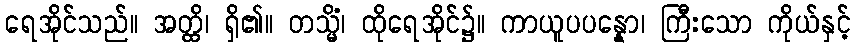
ရေအိုင်သည်။ အတ္ထိ၊ ရှိ၏။ တသ္မိံ၊ ထိုရေအိုင်၌။ ကာယူပပန္နော၊ ကြီးသော ကိုယ်နှင့်